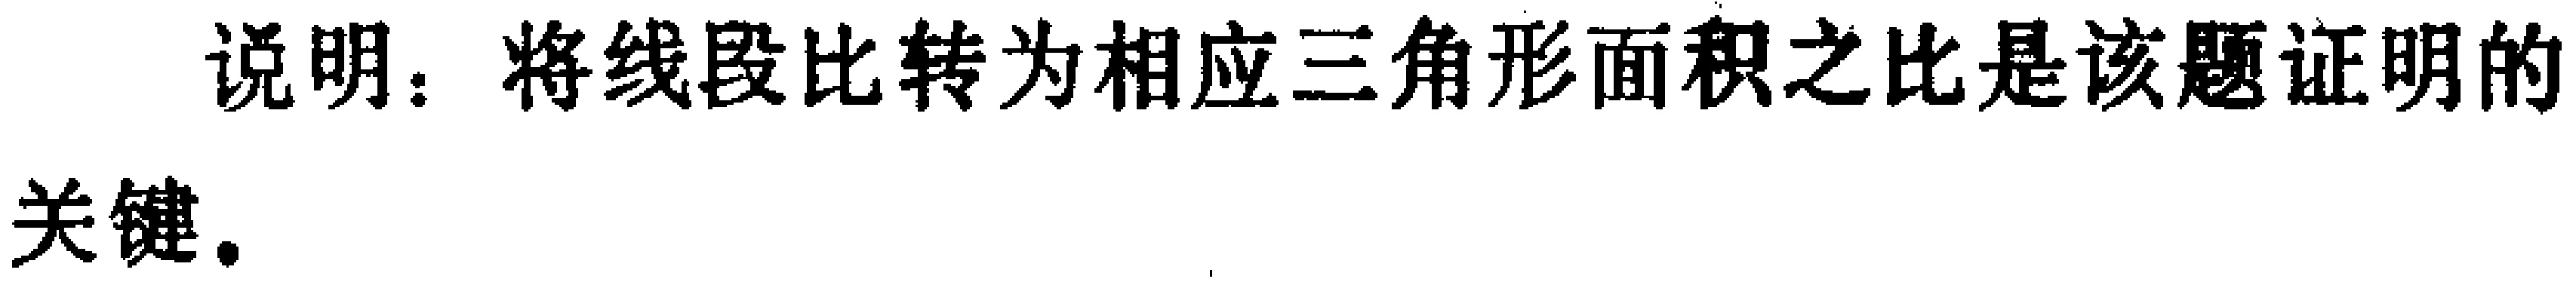
说明：将线段比转为相应三角形面积之比是该题证明的关键。